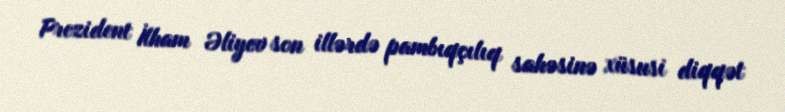
Prezident İlham Əliyev son illərdə pambıqçılıq sahəsinə xüsusi diqqət